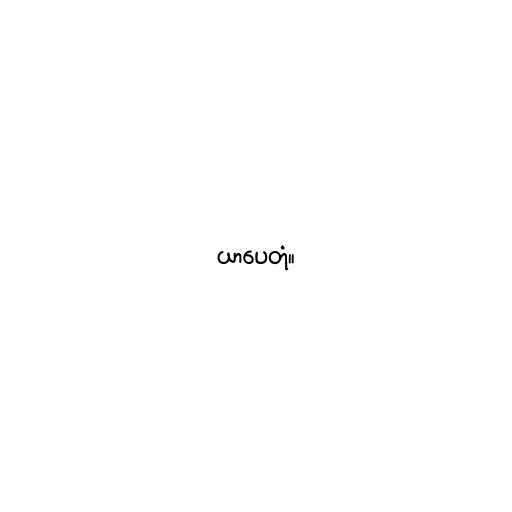
ယာပေတုံ။